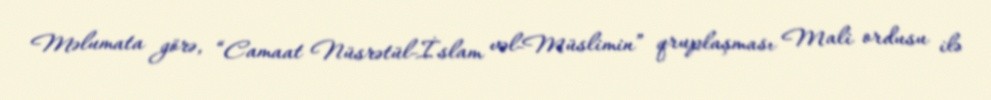
Məlumata görə, “Camaat Nüsrətül-İslam vəl-Müslimin” qruplaşması Mali ordusu ilə